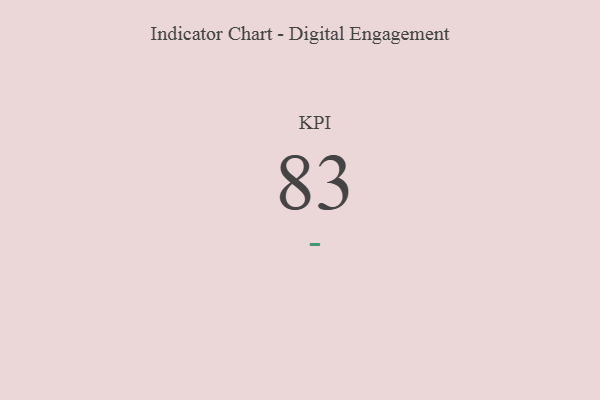
{"axis": {"x": "KPI", "y": "Value"}, "legend": [""], "data": [{"x": "KPI", "y": 83, "type": ""}]}